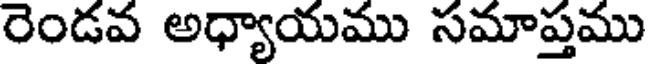
రెండవ అధ్యాయము సమాప్తము